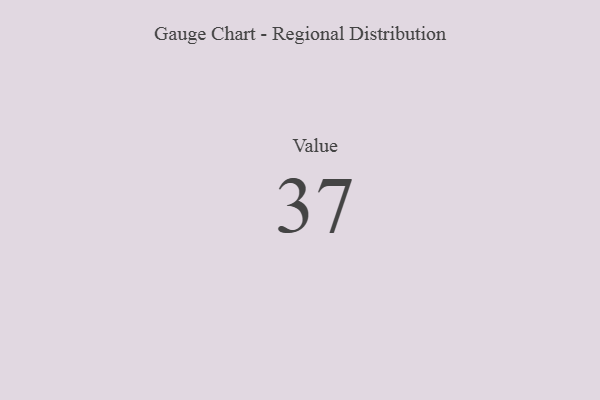
{"axis": {"x": "Metric", "y": "Value"}, "legend": [""], "data": [{"x": "Value", "y": 37, "type": ""}]}